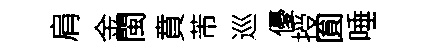
肩金閩賁芾巡優授圎唾